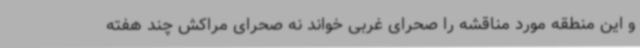
و این منطقه مورد مناقشه را صحرای غربی خواند نه صحرای مراکش چند هفته